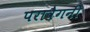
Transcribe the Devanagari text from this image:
परावैगनी